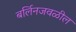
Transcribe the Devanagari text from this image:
बर्लिनजवळील